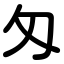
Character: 匁